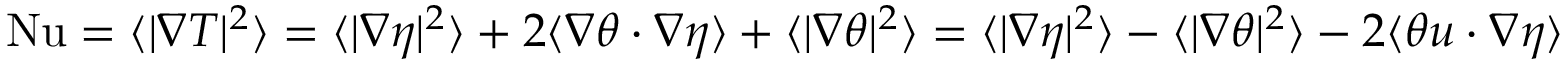
\begin{array} { r } { \mathrm { { N u } } = \langle | \nabla T | ^ { 2 } \rangle = \langle | \nabla \eta | ^ { 2 } \rangle + 2 \langle \nabla \theta \cdot \nabla \eta \rangle + \langle | \nabla \theta | ^ { 2 } \rangle = \langle | \nabla \eta | ^ { 2 } \rangle - \langle | \nabla \theta | ^ { 2 } \rangle - 2 \langle \theta u \cdot \nabla \eta \rangle } \end{array}